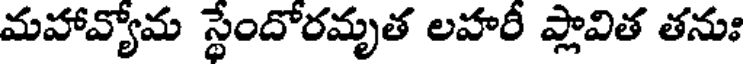
మహావ్యోమ స్థేందోరమృత లహరీ ప్లావిత తనుః